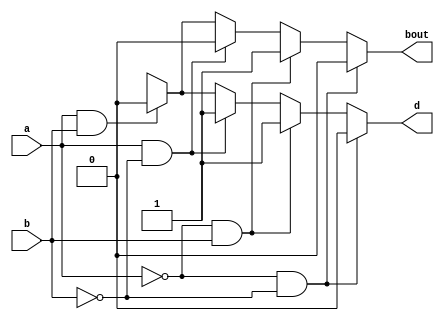
`timescale 1ns / 1ps
//////////////////////////////////////////////////////////////////////////////////
// Company: 
// Engineer: 
// 
// Design Name: 
// Module Name:    halfsubtractor_bh 
// Project Name: 
// Target Devices: 
// Tool versions: 
// Description: 
//
// Dependencies: 
//
// Revision: 
// Revision 0.01 - File Created
// Additional Comments: 
//
//////////////////////////////////////////////////////////////////////////////////
module halfsubtractor_bh(
    input a,b,
    output reg d,bout
    );
always@(*)
begin

if (a==0&&b==0) begin
d=1'b0;bout=1'b0; end
else if (a==0&&b==1) begin
d=1'b1;bout=1'b1; end
else if (a==1&&b==0) begin
d=1'b1;bout=1'b0; end
else if (a==1&&b==1) begin
d=1'b0;bout=1'b0; end
else begin
d=1'bx;bout=1'bx; end


end
endmodule